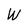
Character: W